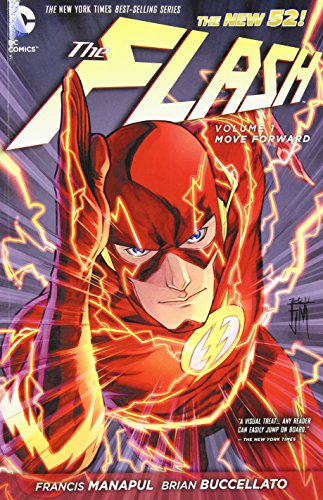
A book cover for The Flash, Vol. 1: Move Forward  (The New 52); Francis Manapul; Comics & Graphic Novels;